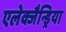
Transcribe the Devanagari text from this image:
एलेक्जैन्ड्रिया